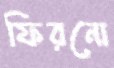
ফিরনো